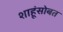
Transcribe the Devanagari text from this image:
शाहूंसोबत